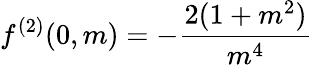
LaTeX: f^{(2)}(0,m)=-\frac{2(1+m^{2})}{m^{4}}